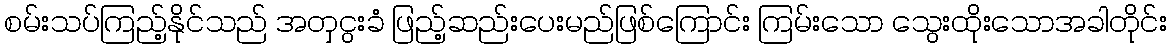
စမ်းသပ်ကြည့်နိုင်သည် အတှငွးခံ ဖြည့်ဆည်းပေးမည်ဖြစ်ကြောင်း ကြမ်းသော သွေးထိုးသောအခါတိုင်း